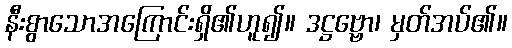
နီးစွာသောအကြောင်းရှိ၏ဟူ၍။ ဒဋ္ဌဗ္ဗော၊ မှတ်အပ်၏။